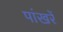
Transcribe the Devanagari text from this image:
पांखरें